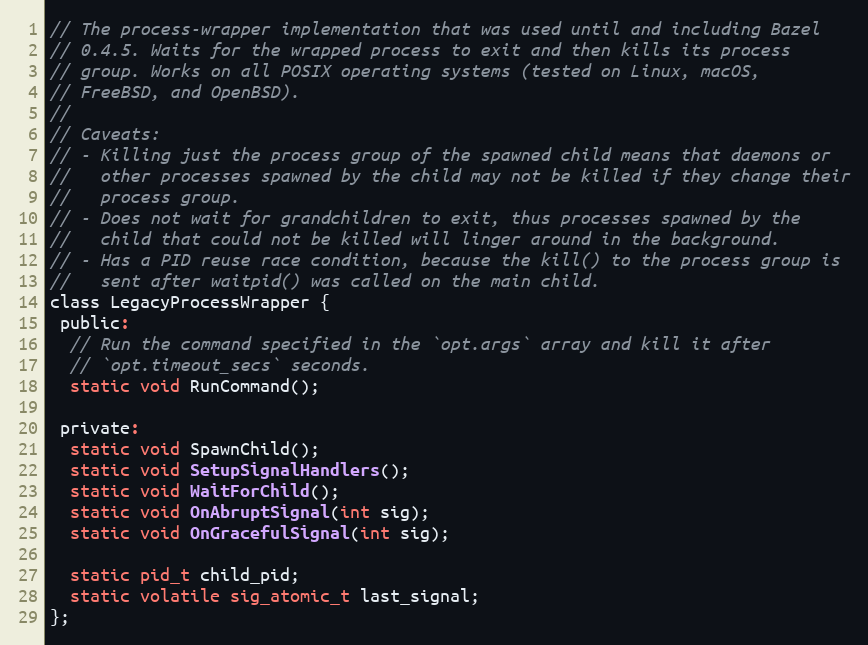
Language: C
// The process-wrapper implementation that was used until and including Bazel
// 0.4.5. Waits for the wrapped process to exit and then kills its process
// group. Works on all POSIX operating systems (tested on Linux, macOS,
// FreeBSD, and OpenBSD).
//
// Caveats:
// - Killing just the process group of the spawned child means that daemons or
//   other processes spawned by the child may not be killed if they change their
//   process group.
// - Does not wait for grandchildren to exit, thus processes spawned by the
//   child that could not be killed will linger around in the background.
// - Has a PID reuse race condition, because the kill() to the process group is
//   sent after waitpid() was called on the main child.
class LegacyProcessWrapper {
 public:
  // Run the command specified in the `opt.args` array and kill it after
  // `opt.timeout_secs` seconds.
  static void RunCommand();

 private:
  static void SpawnChild();
  static void SetupSignalHandlers();
  static void WaitForChild();
  static void OnAbruptSignal(int sig);
  static void OnGracefulSignal(int sig);

  static pid_t child_pid;
  static volatile sig_atomic_t last_signal;
};